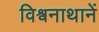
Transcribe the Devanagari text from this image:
विश्वनाथानें